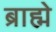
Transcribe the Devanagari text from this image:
ब्राह्मे